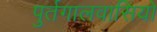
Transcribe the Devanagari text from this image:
पुर्तगालवासियों